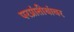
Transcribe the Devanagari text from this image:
परप्रांतीयांवर